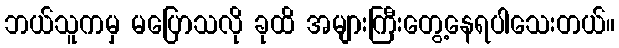
ဘယ်သူကမှ မပြောသလို ခုထိ အများကြီးတွေ့နေရပါသေးတယ်။